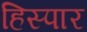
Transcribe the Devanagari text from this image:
हिस्पार